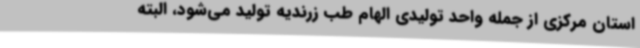
استان مرکزی از جمله واحد تولیدی الهام طب زرندیه تولید می‌شود، البته